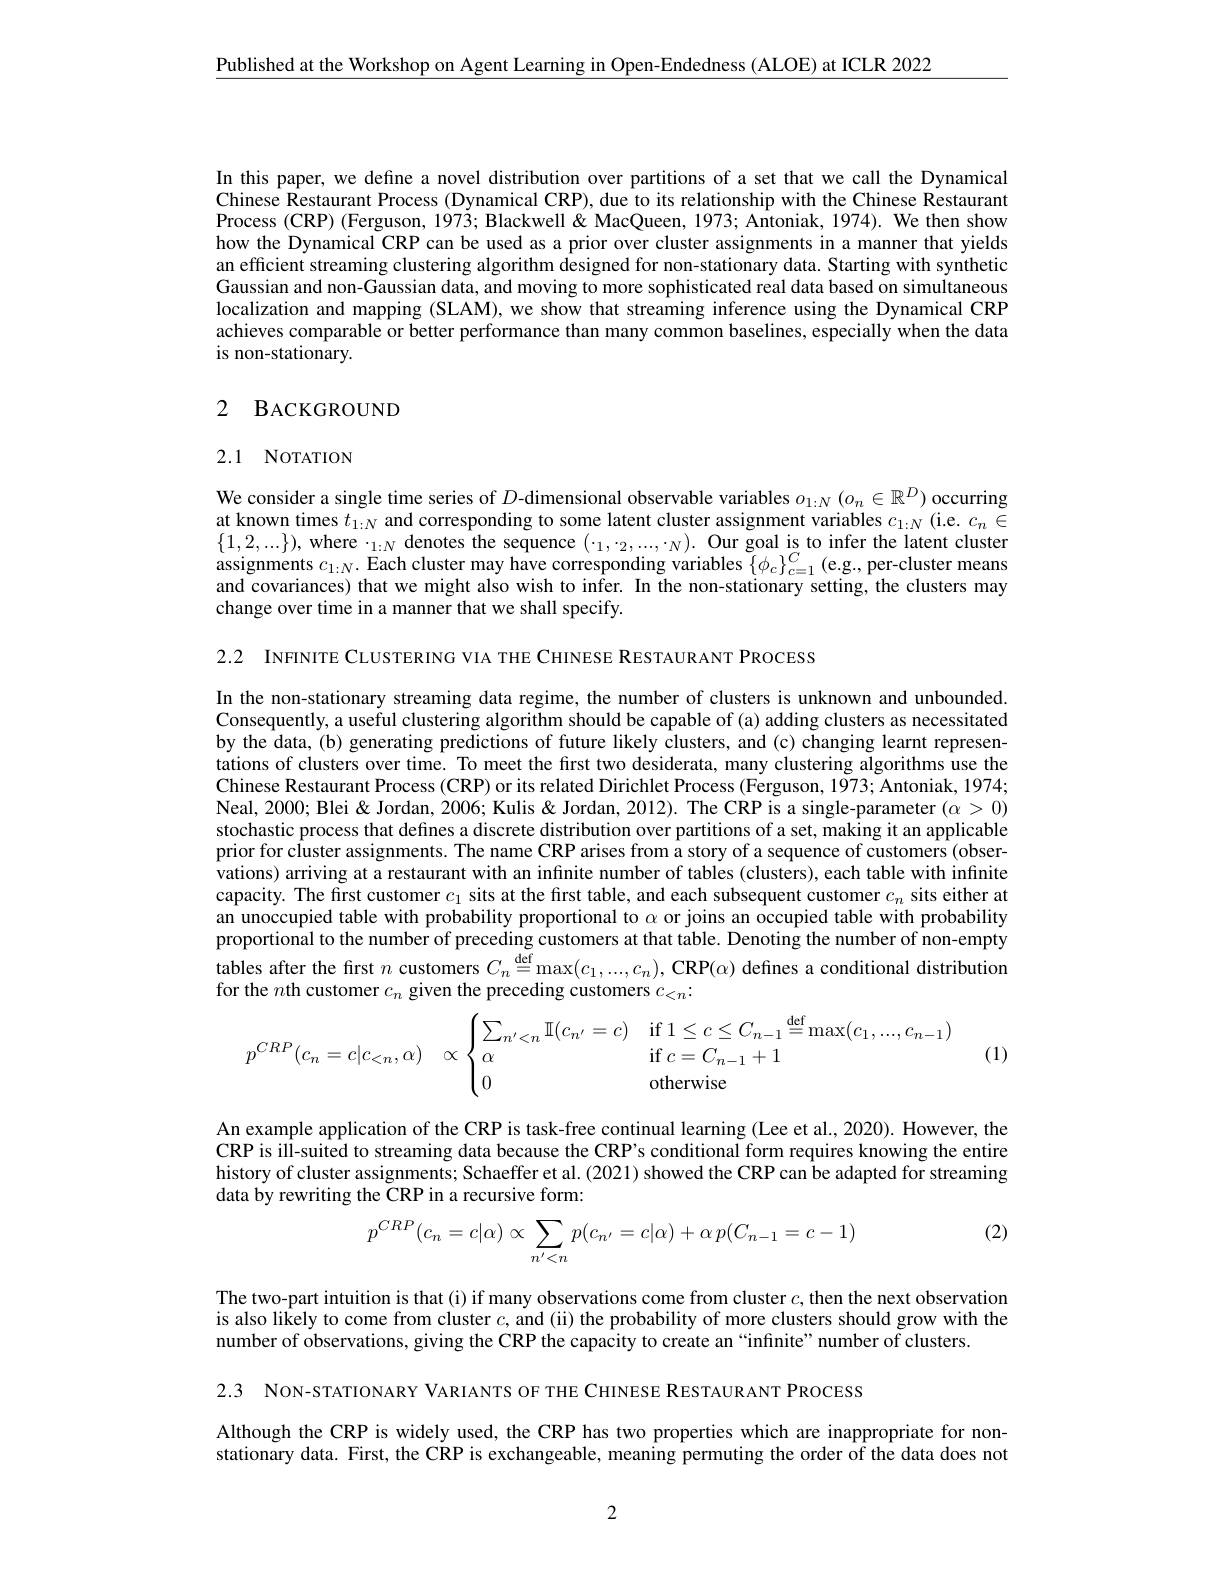
$\underline{\text{Published at the Workshop on Agent Learning in Open-Endedness(ALOE) at ICLR 2022}}$

In this paper, we defne a novel distribution over partitions of a set that we call the Dynamical Chinese Restaurant Process (Dynamical CRP), due to its relationship with the Chinese Restaurant Process (CRP) (Ferguson, 1973; Blackwell& MacQueen, 1973; Antoniak, 1974). We then show how the Dynamical CRP can be used as a prior over cluster assignments in a manner that yields an efficient streaming clustering algorithm designed for non-stationary data. Starting with synthetic Gaussian and non-Gaussian data, and moving to more sophisticated real data based on simultaneous localization and mapping (SLAM), we show that streaming inference using the Dynamical CRP achieves comparable or better performance than many common baselines, especially when the data is non-stationary.

## 2 BACKGROUND

## 2.1 NOTATION

We consider a single time series of $D$-dimensional observable variables $o_1:N\left(o_n\in\mathbb{R}^D\right)$ occurring at known times $t_1:N$ and corresponding to some latent cluster assignment variables $c_1:N$ (i.e. $c_n\in$ $\{1,2,...\})$, where $\cdot_1:N$ denotes the sequence $(\cdot_1,\cdot_2,...,\cdot_N).$ Our goal is to infer the latent cluster assignments $c_1:N.$ Each cluster may have corresponding variables $\{\phi_c\}_{c=1}^C$ (e.g, per-cluster means and covariances) that we might also wish to infer. In the non-stationary setting, the clusters may change over time in a manner that we shall specify.

2.2 INFINITE CLUSTERING VIA THE CHINESE RESTAURANT PROCESS

In the non-stationary streaming data regime, the number of clusters is unknown and unbounded. Consequently, a useful clustering algorithm should be capable of (a) adding clusters as necessitated by the data, (b) generating predictions of future likely clusters, and (c) changing learnt representations of clusters over time. To meet the first two desiderata, many clustering algorithms use the Chinese Restaurant Process (CRP) or its related Dirichlet Process (Ferguson, 1973; Antoniak, 1974; Neal, 2000; Blei & Jordan, 2006; Kulis & Jordan, 2012). The CRP is a single-parameter $(\alpha>0)$ stochastic process that defines a discrete distribution over partitions of a set, making it an applicable prior for cluster assignments. The name CRP arises from a story of a sequence of customers (observations) arriving at a restaurant with an infinite number of tables (clusters), each table with infinite capacity. The first customer $c_1$ sits at the first table, and each subsequent customer $c_n$ sits either at an unoccupied table with probability proportional to $\alpha$ or joins an occupied table with probability proportional to the number of preceding customers at that table. Denoting the number of non-empty tables after the first $n$ customers $C_n\overset {\mathrm{def}}{\operatorname* { \operatorname* { = } } }\max ( c_1, . . . , c_n) , \textbf{CRP}( \alpha )$ defines a conditional distribution for the $n$th customer $c_n$ given the preceding customers $c_<n.$
$$p^{CRP}(c_n=c|c_{<n},\alpha)\quad\propto\begin{cases}\sum_{n'<n}\mathbb{I}(c_{n'}=c)&\text{if}1\le c\le C_{n-1}\stackrel{\text{def}}{=}\max(c_1,...,c_{n-1})\\\alpha&\text{if}c=C_{n-1}+1\\0&\text{otherwise}\end{cases}$$
(1)

An example application of the CRP is task-free continual learning (Lee et al., 2020). However, the CRP is ill-suited to streaming data because the CRP's conditional form requires knowing the entire history of cluster assignments; Schaeffer et al. (2021) showed the CRP can be adapted for streaming data by rewriting the CRP in a recursive form:

(2)
$$p^{CRP}(c_n=c|\alpha)\propto\sum\limits_{n'<n}p(c_{n'}=c|\alpha)+\alpha\:p(C_{n-1}=c-1)$$
The two-part intuition is that (i) if many observations come from cluster $c$, then the next observation is also likely to come from cluster $c$, and (ii) the probability of more clusters should grow with the number of observations, giving the CRP the capacity to create an “infinite”number of clusters.

2.3 NON-STATIONARY VARIANTS OF THE CHINESE RESTAURANT PROCESS

Although the CRP is widely used, the CRP has two properties which are inappropriate for nonstationary data. First, the CRP is exchangeable, meaning permuting the order of the data does not

2